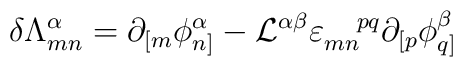
\delta{\Lambda}^{\alpha}_{mn}=\partial_{[m}\phi^\alpha_{n]}-{\cal L}^{\alpha\beta}\varepsilon_{mn}^{~~~pq}\partial_{[p}\phi^\beta_{q]}